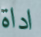
اداة